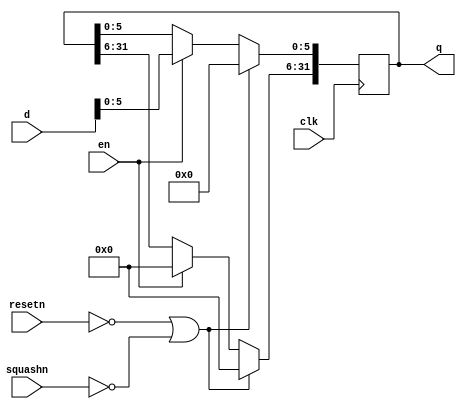
module pipereg_w6(clk,resetn,d,squashn,en,q);
input clk;
input resetn;
input en;
input squashn;
input [31:0] d;
output [31:0] q;
reg [31:0] q;
always @(posedge clk)   
begin
  if (resetn==0 || squashn==0)
    q<=0;
  else if (en==1)
  begin
    q[5:0]<=d;
	q[31:6] <= 0;
	end
end
endmodule